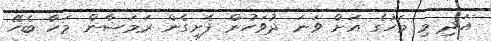
އަދި މި މަހުގެ އަށް ވަނަ ދުވަހުން ފެށިގެން ރަމަޟާން މަހާ ބެހޭ